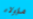
هؤولاء